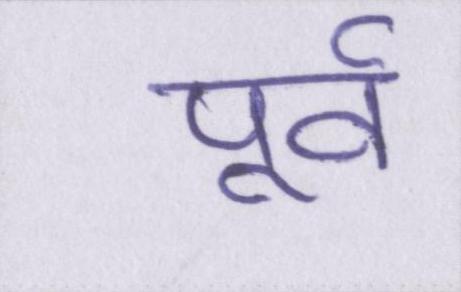
पूर्व